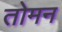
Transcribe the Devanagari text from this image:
तोमन